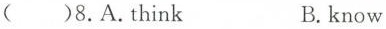
()8.A.Think B.know